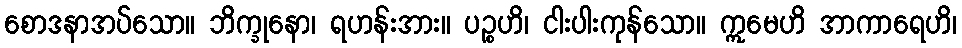
စောဒနာအပ်သော။ ဘိက္ခုနော၊ ရဟန်းအား။ ပဉ္စဟိ၊ ငါးပါးကုန်သော။ ဣမေဟိ အာကာရေဟိ၊